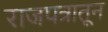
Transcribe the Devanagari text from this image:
राजपत्रातून